Lunatic asylums Central Provinces reports 1895-1909 - 1895-1909
Year: 1895
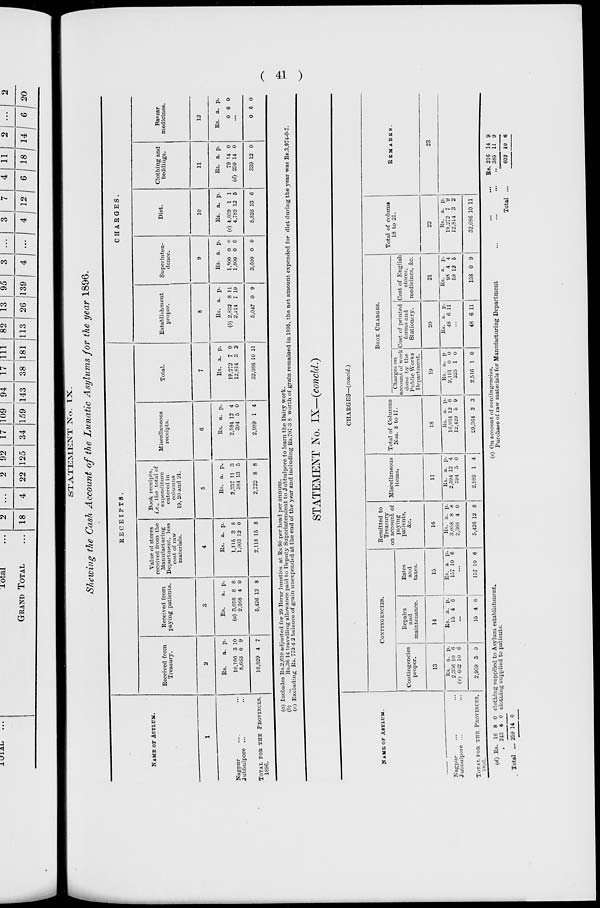
( 41 )
STATEMENT No. IX.
Shewing the Cash Account of the Lunatic Asylums for the year 1896.
NAME OF ASYLUM.
1
Nagpur ... ...
Jubbulpore ... ...
TOTAL FOR THE PROVINCES,
1896.
RECEIPTS.
Received from
Treasury.
2
Rs.
10,166
8,663
18,829
a.
3
0
4
p.
10
9
7
Received from
paying patients.
3
Rs.
(a) 3,058
2,368
5,426
a.
8
4
12
p.
8
0
8
Value of stores
received from the
Manufacturing
Department, less
cost of raw
materials.
4
Rs.
1,115
1,003
2,118
a.
3
12
15
p.
8
0
8
Book receipts,
i.e., the total of
expenditure
entered in
columns
19, 20 and 21.
5
Rs.
2,337
384
2,722
a.
11
13
8
p.
3
5
8
Miscellaneous
receipts.
6
Rs.
2,594
394
2,989
a.
12
5
1
p.
4
0
4
Total.
7
Rs.
19,272
12,814
32,086
a.
7
3
10
p.
9
2
11
CHARGES.
Establishment
proper.
8
Rs.
(b) 2,832
2,214
5,047
a.
8
7
0
p.
11
10
9
Superinten-
dence.
9
Rs.
1,800
1,800
3,600
a.
0
0
0
p.
0
0
0
Diet.
10
Rs.
(c) 4,039
4,789
8,828
a.
1
12
13
p.
1
5
6
Clothing and
beddings.
11
Rs.
79
(d) 259
339
a.
14
14
12
p.
0
0
0
Baazar
medicines.
12
Rs.
0
a.
6
p.
0
...
0 6 0
(a) Includes Rs.2,610 adjusted for 29 Berar lunatics at Rs.90 per head per annum.
(b)
„
Rs.36-14 travelling allowance paid to Deputy Superintendent to Jubbulpore to learn the Dairy work.
(c) Excluding Rs. 772-4 2 balance of grain unexpended at the end of the year and including Rs.707-3 8 worth of grain remained in 1895, the net amount expended for diet during the year was Rs.3,974-0-7.
STATEMENT No. IX—(concld.)
NAME OF ASYLUM.
Nagpur ... ...
Jubbulpore ... ...
TOTAL FOR THE PROVINCES,
1886.
CHARGES—(concld.)
CONTINGENCIES.
Contingencies
proper.
13
Rs.
2,356
(e) 602
2,959
a.
10
10
5
p.
6
6
0
Repairs
and
maintenance.
14
Rs.
15
a.
4
p.
6
...
15 4 6
Rates
and
taxes.
15
Rs.
157
a
10
p.
6
...
157 10 6
Remitted to
Treasury
on account of
paying
patients,
&c.
16
Rs.
3,058
2,368
5,426
a.
8
4
12
p.
8
0
8
Miscellaneous
items.
17
Rs.
2,594
394
2,989
a.
12
5
1
p.
4
0
4
Total of Columns
Nos. 8 to 17.
18
Rs.
16,934
12,429
29,364
a.
12
5
2
p.
6
9
3
BOOK
CHARGE.
Charges on
account of work
done by the
Public Works
Department.
19
Rs.
2,191
325
2,516
a.
0
1
1
p.
0
0
0
Cost of printed
forms and
Stationery.
20
Rs.
48
a.
6
p.
11
...
48 6 11
Cost of English
stores,
medicines, &c.
21
Rs.
98
59
158
a.
4
12
0
p.
4
5
9
Total of colums
18 to 21.
22
Rs.
19,272
12,814
32,086
a.
7
3
10
p.
9
2
11
REMARKS.
23
(d) Rs.
Total ...
16
243
259
8
5
14
0
0
0
clothing supplied to Asylum establishment.
clothing supplied to patients.
(e) On account of contingencies.
Purchase of raw materials for Manufacturing Department
Total ...
Rs. 216
„ 385
602
14
11
10
9
9
6